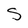
Character: S